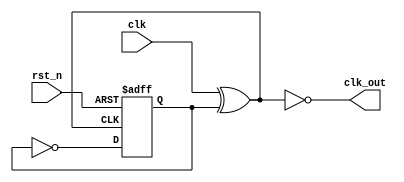
`timescale 1ns/1ns

module clock_2times(
    input     wire clk ,
    input     wire rst_n,

    output    wire clk_out
);

reg q_r = 1'b0;
always @(posedge clk_out or negedge rst_n) begin
	if(!rst_n) 
		q_r <= 0;
	else
		q_r <= ~q_r;
end

//  
assign clk_out = ~(clk ^ q_r);

endmodule